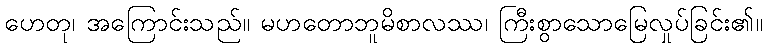
ဟေတု၊ အကြောင်းသည်။ မဟတောဘူမိစာလဿ၊ ကြီးစွာသောမြေလှုပ်ခြင်း၏။